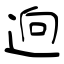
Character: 逈